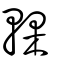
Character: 輠